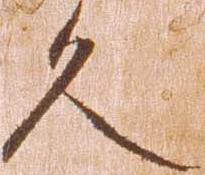
久